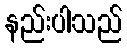
နည်းပါသည်